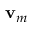
{ \bf v } _ { m }